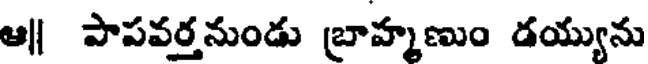
ఆ|| పాపవర్తనుండు బ్రాహ్మణుం డయ్యును